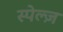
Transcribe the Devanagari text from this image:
स्पेल्ज़